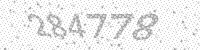
Solution: 284778